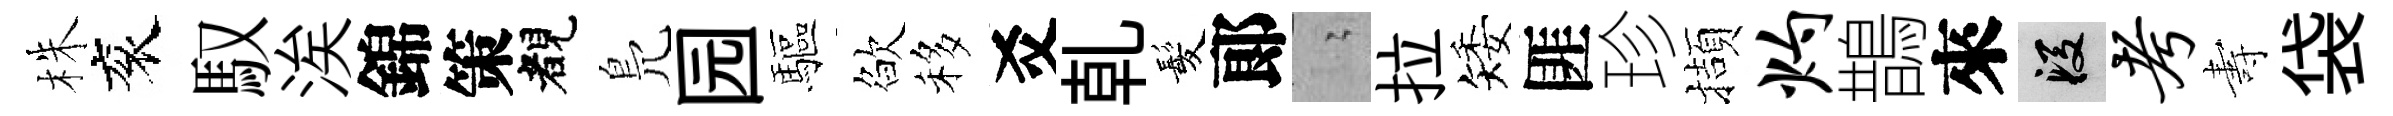
株衮馭涘錦策睹鳬园驅欲移爻乹髪郞隐拉矮匪珍擷灼鵲來段考夀袋